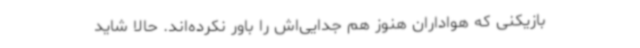
بازیکنی که هواداران هنوز هم جدایی‌اش را باور نکرده‌اند. حالا شاید